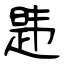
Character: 韪